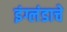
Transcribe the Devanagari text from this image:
इंग्लंडाचे